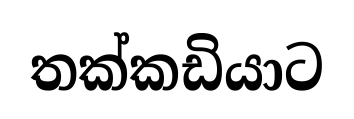
තක්කඩියාට